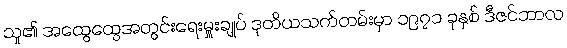
သူ၏ အထွေထွေအတွင်းရေးမှူးချုပ် ဒုတိယသက်တမ်းမှာ ၁၉၇၁ ခုနှစ် ဒီဇင်ဘာလ